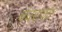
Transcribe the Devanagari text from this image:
चंदराजा